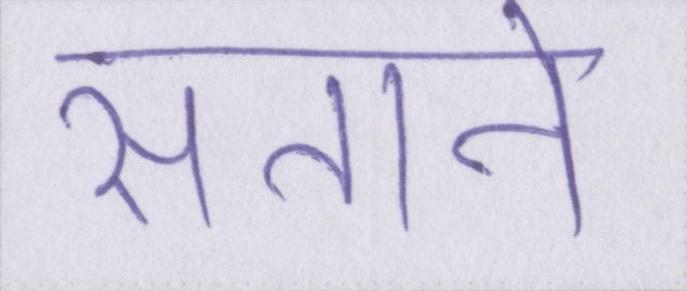
सताने